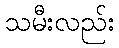
သမီးလည်း